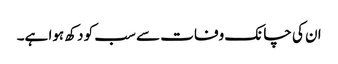
ان کی چانک وفات سے سب کو دکھ ہوا ہے۔